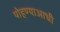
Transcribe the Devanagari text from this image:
पोहण्याआधी